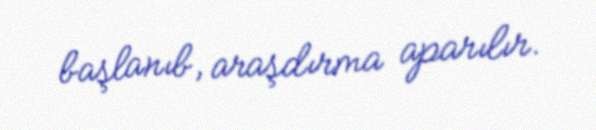
başlanıb, araşdırma aparılır.